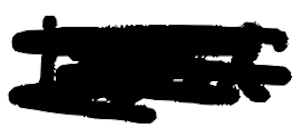
Text: Lord
Cross-out: scratch
Writing tool: digital_black